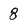
Character: 8